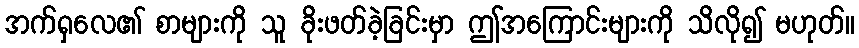
အက်ရှလေ၏ စာများကို သူ ခိုးဖတ်ခဲ့ခြင်းမှာ ဤအကြောင်းများကို သိလို၍ မဟုတ်။